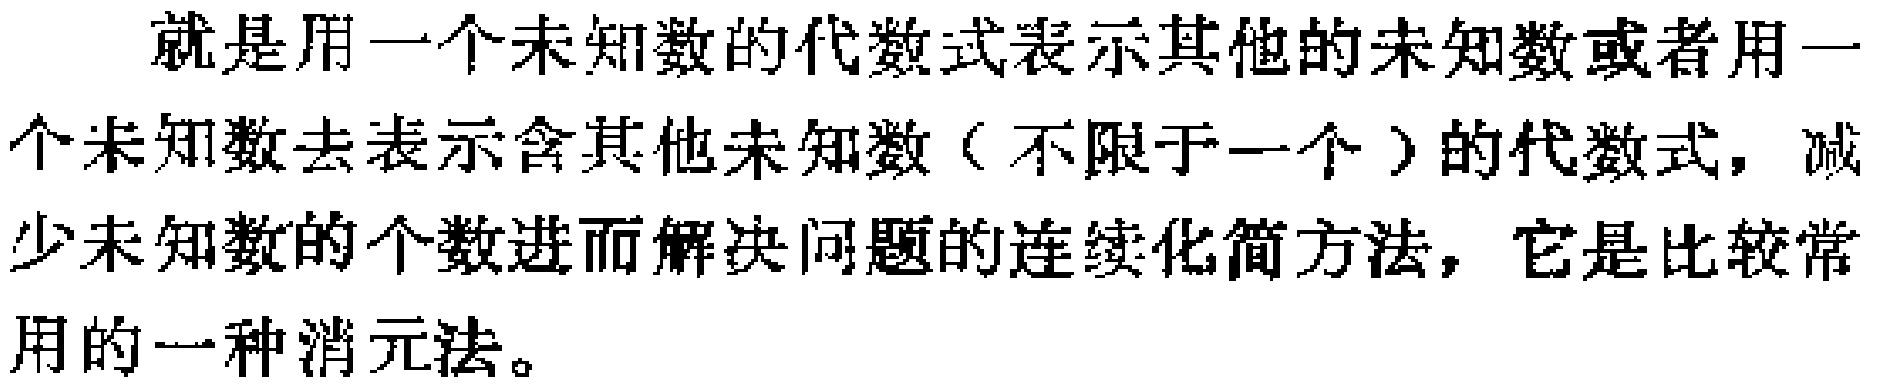
就是用一个未知数的代数式表示其他的未知数或者用一个未知数去表示含其他未知数（不限于一个）的代数式，减少未知数的个数进而解决问题的连续化简方法，它是比较常用的一种消元法。